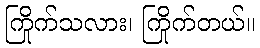
ကြိုက်သလား၊ ကြိုက်တယ်။